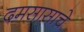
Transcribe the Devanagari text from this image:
दमसासाचे